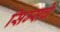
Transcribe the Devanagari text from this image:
सिम्सचे